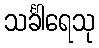
သင်္ခါရေသု